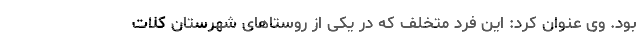
بود. وی عنوان کرد: این فرد متخلف که در یکی از روستاهای شهرستان کلات